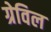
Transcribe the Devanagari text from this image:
ग्रेविल